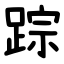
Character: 踪